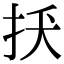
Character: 𢪺